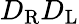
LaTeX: D_{\mathrm{{R}}}D_{\mathrm{{L}}}